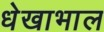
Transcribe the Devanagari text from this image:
धेखाभाल